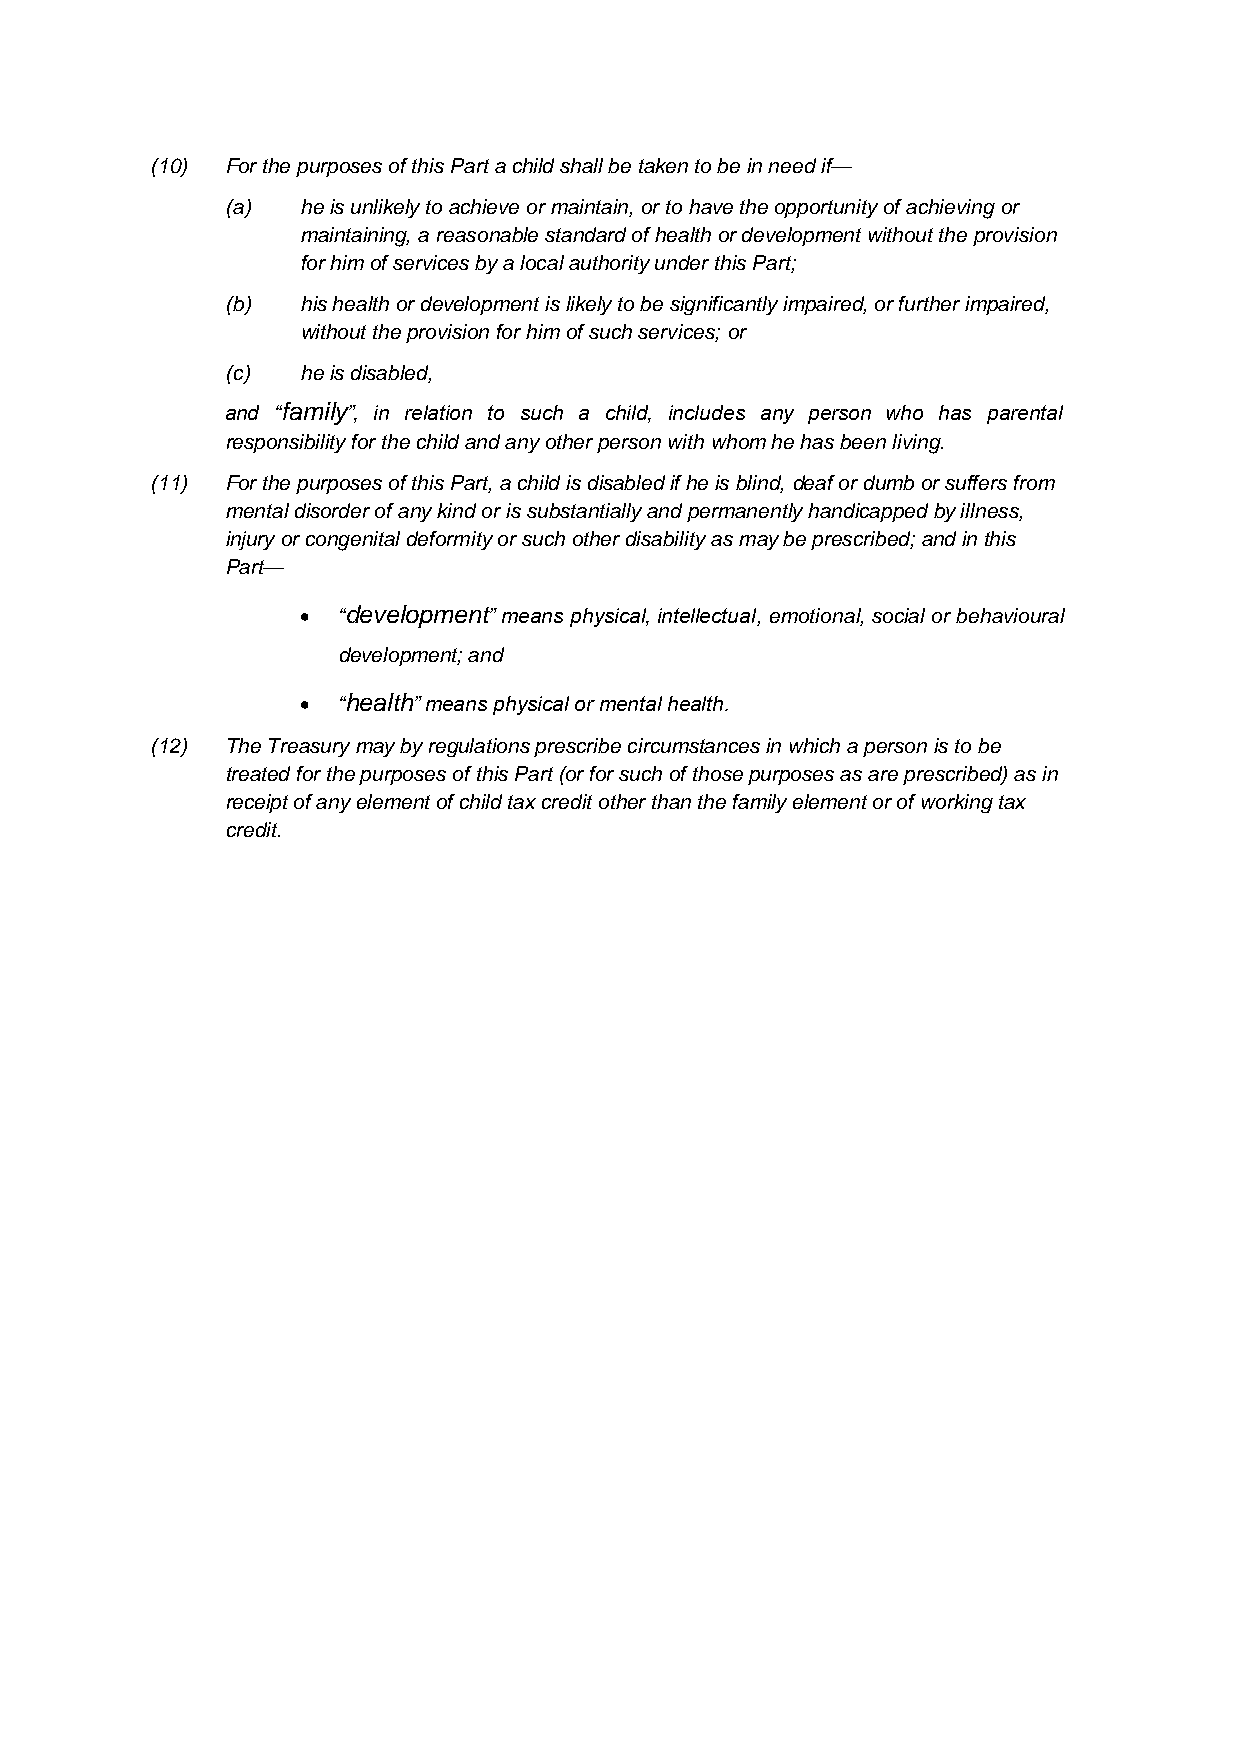
(10) For the purposes of this Part a child shall be taken to be in need if—
 (a)  he is unlikely to achieve or maintain, or to have the opportunity of achieving or
 maintaining, a reasonable standard of health or development without the provision
 for him of services by a local authority under this Part;
 (b)  his health or development is likely to be significantly impaired, or further impaired,
 without the provision for him of such services; or
 (c)  he is disabled,
 and “family”, in relation to such a child, includes any person who has parental
 responsibility for the child and any other person with whom he has been living.
 (11) For the purposes of this Part, a child is disabled if he is blind, deaf or dumb or suffers from
 mental disorder of any kind or is substantially and permanently handicapped by illness,
 injury or congenital deformity or such other disability as may be prescribed; and in this
 Part—
  “development” means physical, intellectual, emotional, social or behavioural
 development; and
  “health” means physical or mental health.
 (12) The Treasury may by regulations prescribe circumstances in which a person is to be
 treated for the purposes of this Part (or for such of those purposes as are prescribed) as in
 receipt of any element of child tax credit other than the family element or of working tax
 credit.